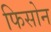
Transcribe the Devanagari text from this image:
फिसोन